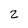
Character: 2